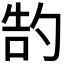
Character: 𫧂